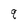
Character: q